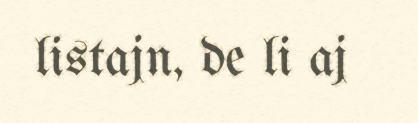
listajn, de li aj